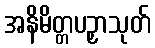
အနိမိတ္တပဉှာသုတ်